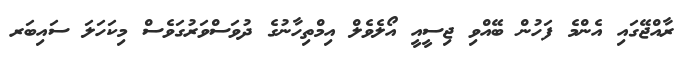
ރާއްޖޭގައި އެންމެ ފަހުން ބޭއްވި ޖިސީއީ އޯލެވެލް އިމްތިހާނުގެ ދުވަސްވަރުގަވެސް މިކަހަލަ ސައިބަރ